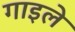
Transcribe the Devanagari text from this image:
गाइले